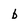
Character: b